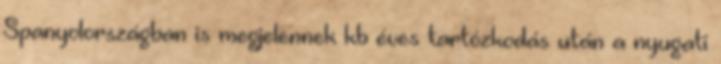
Spanyolországban is megjelennek kb éves tartózkodás után a nyugati